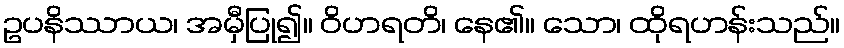
ဥပနိဿာယ၊ အမှီပြု၍။ ဝိဟရတိ၊ နေ၏။ သော၊ ထိုရဟန်းသည်။